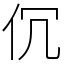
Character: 伔